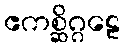
ဧကစ္ဆိဂ္ဂဠေ